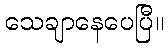
သေချာနေပေပြီ။